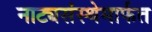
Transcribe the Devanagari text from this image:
नाट्यसंस्थेमार्फत